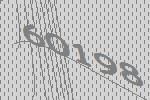
60198